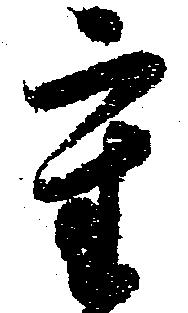
重